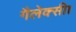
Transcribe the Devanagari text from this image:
गैलेक्सी।